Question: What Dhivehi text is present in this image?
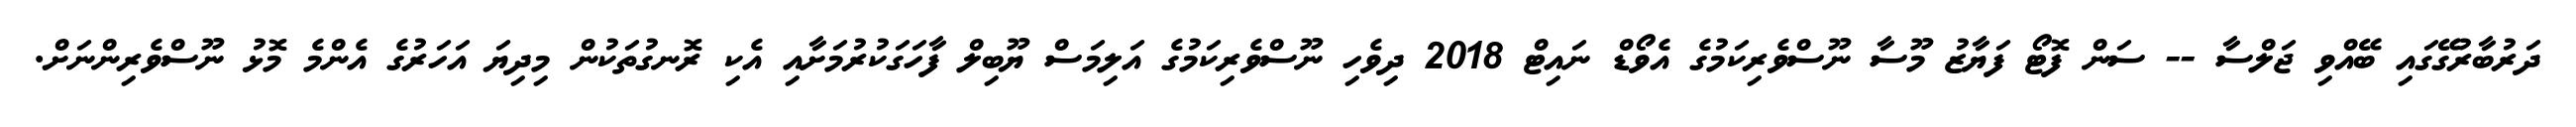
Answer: ދަރުބާރުގޭގައި ބޭއްވި ޖަލްސާ -- ސަން ފޮޓޯ ފަޔާޒު މޫސާ ނޫސްވެރިކަމުގެ އެވޯޑް ނައިޓް 2018 ދިވެހި ނޫސްވެރިކަމުގެ އަލިމަސް ޔޫބިލް ފާހަގަކުރުމަށާއި އެކި ރޮނގުތަކުން މިދިޔަ އަހަރުގެ އެންމެ މޮޅު ނޫސްވެރިންނަށް.